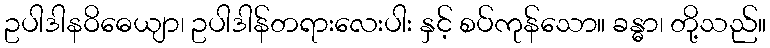
ဥပါဒါနဝိဓေယျာ၊ ဥပါဒါန်တရားလေးပါး နှင့် စပ်ကုန်သော။ ခန္ဓာ၊ တို့သည်။